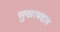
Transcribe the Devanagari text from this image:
सुखाबद्दल